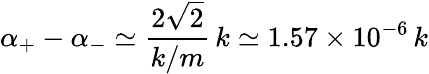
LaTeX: \alpha_{+}-\alpha_{-}\simeq\frac{2\sqrt{2}}{k/m}\, k\simeq 1.57\times 10^{-6}\, k